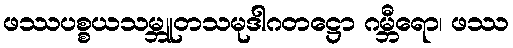
ဖဿပစ္စယသမ္ဘူတသမုဒါဂတဋ္ဌော ဂမ္ဘီရော၊ ဖဿ